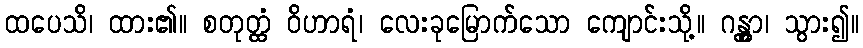
ထပေသိ၊ ထား၏။ စတုတ္ထံ ဝိဟာရံ၊ လေးခုမြောက်သော ကျောင်းသို့။ ဂန္တွာ၊ သွား၍။